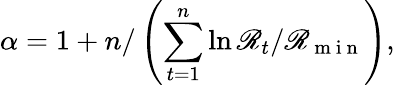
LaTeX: \alpha=1+n/\left(\sum_{t=1}^{n}\ln{\mathscr{R}_{t}}/{\mathscr{R}_{\mathrm{{~m~i~n~}}}}\right),